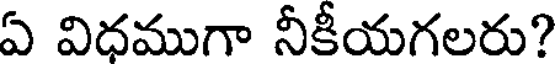
ఏ విధముగా నీకీయగలరు?